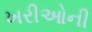
ખરીઓની